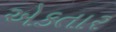
એકતાર